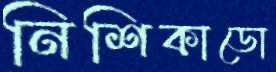
নিশিকাডো